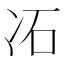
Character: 㓈